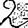
Digit: 2